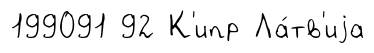
199091 92 К'ипр Ла́тв'иjа